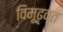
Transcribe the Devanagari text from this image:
विमूढ़वत